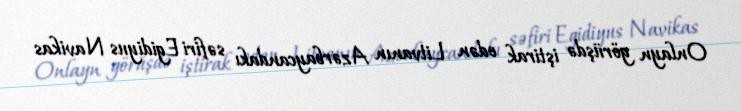
Onlayn görüşdə iştirak edən Litvanın Azərbaycandakı səfiri Egidiyus Navikas